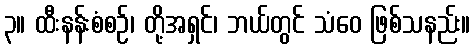
၃။ ထီးနန်းစံစဉ်၊ တို့အရှင်၊ ဘယ်တွင် သံဝေ ဖြစ်သနည်း။